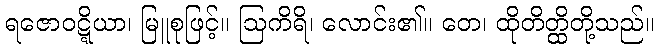
ရဇောဝဋ္ဋိယာ၊ မြူစုဖြင့်။ ဩကိရိ၊ လောင်း၏။ တေ၊ ထိုတိတ္ထိတို့သည်။